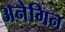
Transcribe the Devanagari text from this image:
अनेगिन